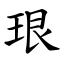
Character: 珢